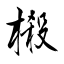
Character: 樧